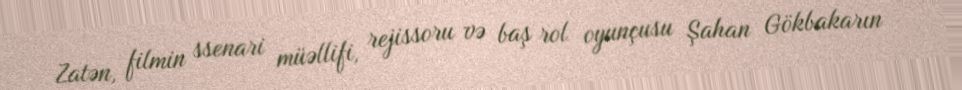
Zatən, filmin ssenari müəllifi, rejissoru və baş rol oyunçusu Şahan Gökbakarın